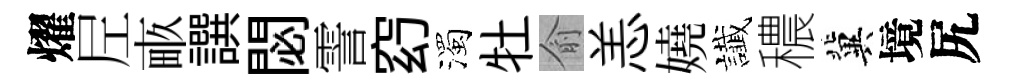
燿𡰱畞譔閟霅𥥆濁牡俞恙嬈䜟穠冀境尻